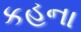
કહના